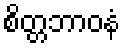
စိတ္တဘာဝနံ